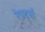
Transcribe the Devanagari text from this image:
रेपर्ट्स